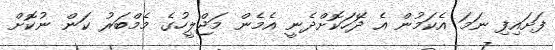
ފަށައިފި ނަމަ އެކަމުން އެ ދޭަހަކޮށްދެނީ އެމެން މަޖްލީހުގެ މެމްބަރު ކަން ނުކޮށް